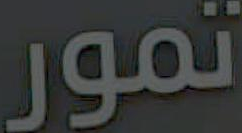
تمور